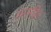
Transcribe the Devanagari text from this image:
अन्तरहित